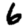
Digit: 6